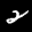
Label: 2